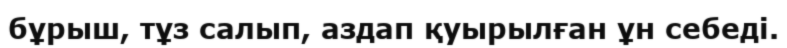
бұрыш, тұз салып, аздап қуырылған ұн себеді.